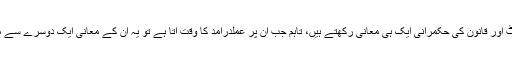
بظاہرریاست کی رٹ اور قانون کی حکمرانی ایک ہی معانی رکھتے ہیں، تاہم جب ان پر عملدرآمد کا وقت آتا ہے تو یہ ان کے معانی ایک دوسرے سے متضاد ہو جاتے ہیں۔